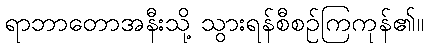
ရာဘာတောအနီးသို့ သွားရန်စီစဉ်ကြကုန်၏။